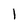
Character: 1